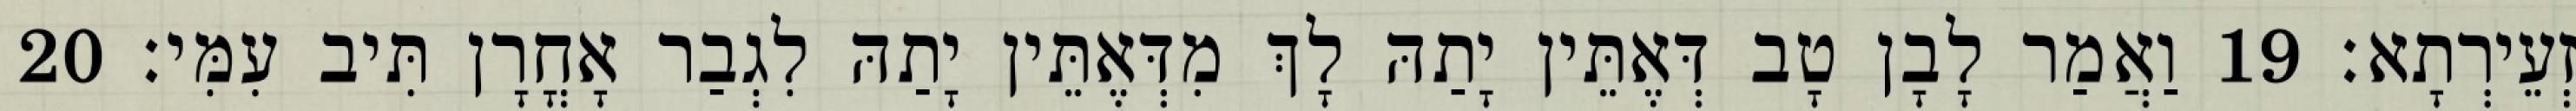
זְעֵירְתָא׃ 19 וַאֲמַר לָבָן טָב דְּאֶתֵּין יָתַהּ לָךְ מִדְּאֶתֵּין יָתַהּ לִגְבַר אָחֳרָן תִּיב עִמִּי׃ 20